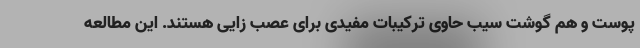
پوست و هم گوشت سیب حاوی ترکیبات مفیدی برای عصب زایی هستند. این مطالعه